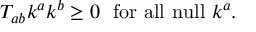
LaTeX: T _ { a b } k ^ { a } k ^ { b } \geq 0 ~ ~ \mathrm { f o r ~ a l l ~ n u l l } ~ k ^ { a } .